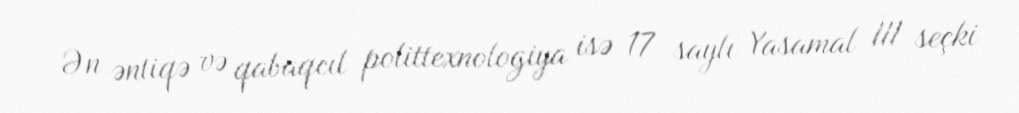
Ən əntiqə və qabaqcıl polittexnologiya isə 17 saylı Yasamal III seçki